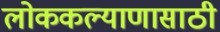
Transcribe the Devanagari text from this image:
लोककल्याणासाठी